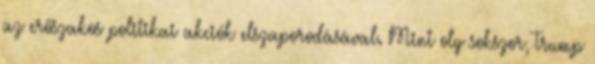
az erőszakos politikai akciók elszaporodásával. Mint oly sokszor, Trump